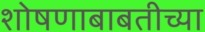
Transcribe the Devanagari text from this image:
शोषणाबाबतीच्या